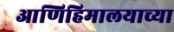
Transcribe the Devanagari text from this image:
आणिहिमालयाच्या